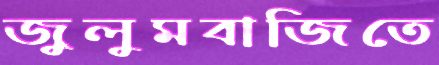
জুলুমবাজিতে